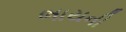
ભાયની